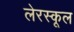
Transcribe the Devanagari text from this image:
लेरस्कूल